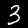
Digit: 3